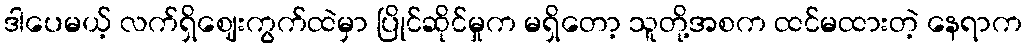
ဒါပေမယ့် လက်ရှိဈေးကွက်ထဲမှာ ပြိုင်ဆိုင်မှုက မရှိတော့ သူတို့အစက ထင်မထားတဲ့ နေရာက